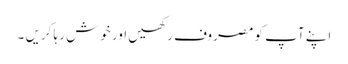
اپنے آپ کو مصروف رکھیں اور خوش رہا کریں ۔